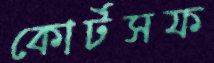
কোর্টসফ